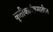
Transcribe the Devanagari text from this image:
कृतीकार्यक्रमातील